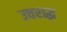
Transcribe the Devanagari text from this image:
उत्तराद्ध